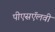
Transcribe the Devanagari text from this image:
पीएसऍलवी